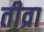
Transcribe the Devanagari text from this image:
तीव्रा